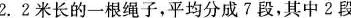
2.2米长的一根绳子，平均分成7段，其中2段